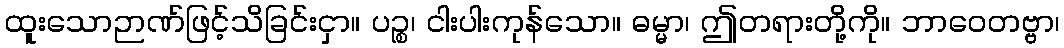
ထူးသောဉာဏ်ဖြင့်သိခြင်းငှာ။ ပဉ္စ၊ ငါးပါးကုန်သော။ ဓမ္မာ၊ ဤတရားတို့ကို။ ဘာဝေတဗ္ဗာ၊